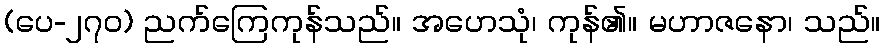
(ပေ-၂၇၀) ညက်ကြေကုန်သည်။ အဟေသုံ၊ ကုန်၏။ မဟာဇနော၊ သည်။